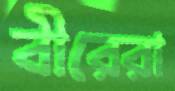
বীরেরা